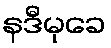
နဒီမုခေ